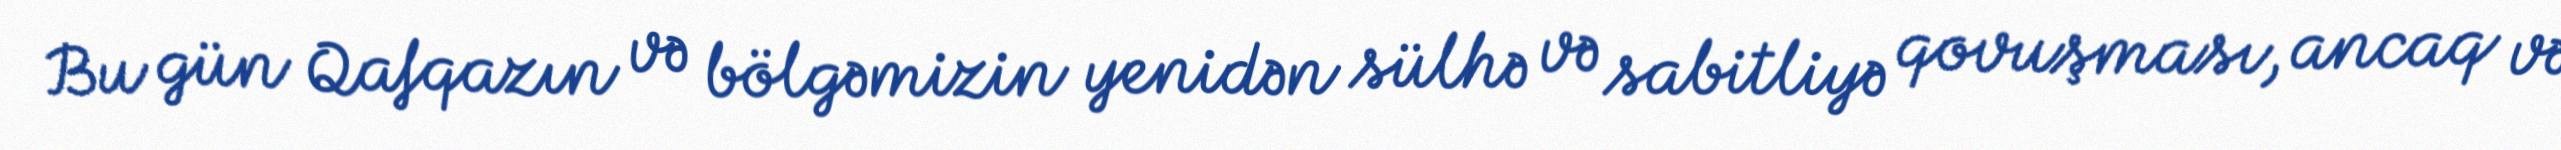
Bu gün Qafqazın və bölgəmizin yenidən sülhə və sabitliyə qovuşması, ancaq və